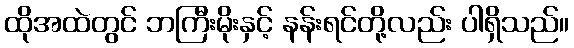
ထိုအထဲတွင် ဘကြီးမိုးနှင့် နန်းရင်တို့လည်း ပါရှိသည်။